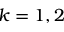
k = 1 , 2